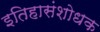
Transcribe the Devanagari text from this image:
इतिहासंशोधक